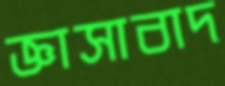
জ্ঞাসাবাদ